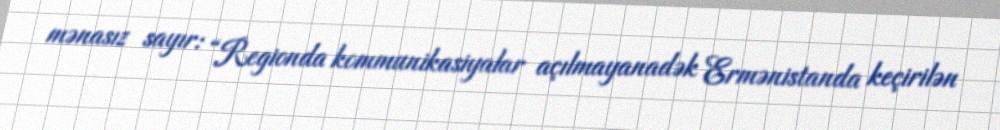
mənasız sayır: “Regionda kommunikasiyalar açılmayanadək Ermənistanda keçirilən